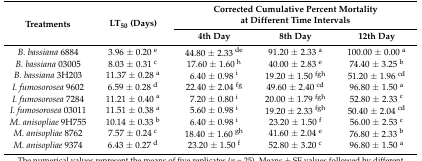
<table><thead><tr><td rowspan="2"><b>Treatments</b></td><td rowspan="2"><b>LT<sub>50</sub> (Days)</b></td><td colspan="3"><b>Corrected Cumulative Percent Mortality at Different Time Intervals</b></td></tr><tr><td><b>4th Day</b></td><td><b>8th Day</b></td><td><b>12th Day</b></td></tr></thead><tbody><tr><td><i>B. bassiana</i> 6884</td><td>3.96 ± 0.20 <sup>e</sup></td><td>44.80 ± 2.33 <sup>de</sup></td><td>91.20 ± 2.33 <sup>a</sup></td><td>100.00 ± 0.00 <sup>a</sup></td></tr><tr><td><i>B. bassiana</i> 03005</td><td>8.03 ± 0.31 <sup>c</sup></td><td>17.60 ± 1.60 <sup>h</sup></td><td>40.00 ± 2.83 <sup>e</sup></td><td>74.40 ± 3.25 <sup>b</sup></td></tr><tr><td><i>B. bassiana</i> 3H203</td><td>11.37 ± 0.28 <sup>a</sup></td><td>6.40 ± 0.98 <sup>i</sup></td><td>19.20 ± 1.50 <sup>fgh</sup></td><td>51.20 ± 1.96 <sup>cd</sup></td></tr><tr><td><i>I. fumosorosea</i> 9602</td><td>6.59 ± 0.28 <sup>d</sup></td><td>22.40 ± 2.04 <sup>fg</sup></td><td>49.60 ± 2.40 <sup>cd</sup></td><td>96.80 ± 1.50 <sup>a</sup></td></tr><tr><td><i>I. fumosorosea</i> 7284</td><td>11.21 ± 0.40 <sup>a</sup></td><td>7.20 ± 0.80 <sup>i</sup></td><td>20.00 ± 1.79 <sup>fgh</sup></td><td>52.80 ± 2.33 <sup>c</sup></td></tr><tr><td><i>I. fumosorosea</i> 03011</td><td>11.51 ± 0.38 <sup>a</sup></td><td>5.60 ± 0.98 <sup>i</sup></td><td>19.20 ± 2.33 <sup>fgh</sup></td><td>50.40 ± 2.04 <sup>cd</sup></td></tr><tr><td><i>M. anisopliae</i> 9H755</td><td>10.14 ± 0.33 <sup>b</sup></td><td>6.40 ± 0.98 <sup>i</sup></td><td>23.20 ± 1.50 <sup>f</sup></td><td>56.00 ± 2.53 <sup>c</sup></td></tr><tr><td><i>M. anisopliae</i> 8762</td><td>7.57 ± 0.24 <sup>c</sup></td><td>18.40 ± 1.60 <sup>gh</sup></td><td>41.60 ± 2.04 <sup>e</sup></td><td>76.80 ± 2.33 <sup>b</sup></td></tr><tr><td><i>M. anisopliae</i> 9374</td><td>6.43 ± 0.27 <sup>d</sup></td><td>23.20 ± 1.50 <sup>f</sup></td><td>52.80 ± 3.20 <sup>c</sup></td><td>96.80 ± 1.50 <sup>a</sup></td></tr></tbody></table>